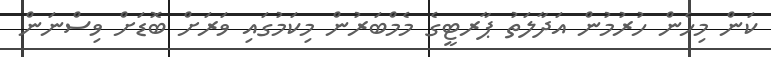
ކަން މިހެން ހުރުމުން އަދާލަތު ޕާރޓީގެ މެމްބަރުން މިކަމުގައި ވަރަށް ބޮޑަށް ވިސްނަން